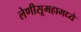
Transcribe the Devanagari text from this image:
लेणीसूमहामध्ये